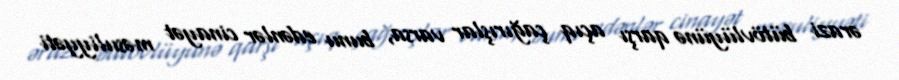
ərazi bütövlüyünə qarşı açıq çağırışlar varsa, bunu edənlər cinayət məsuliyyəti